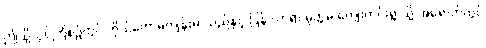
ဤသို့လုပ်ကြံစဉ်တွင် ကိုယ်တော်မကျန်းမာသည်နှင့် ပြန် လာရာ မုတ္တမ ကျေးကင်းရွာသို့ အရောက်တွင်